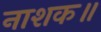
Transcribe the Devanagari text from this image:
नाशक॥